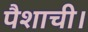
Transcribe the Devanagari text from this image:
पैशाची।